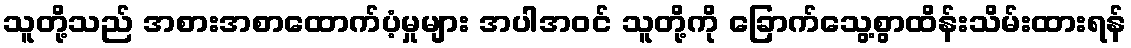
သူတို့သည် အစားအစာထောက်ပံ့မှုများ အပါအဝင် သူတို့ကို ခြောက်သွေ့စွာထိန်းသိမ်းထားရန်